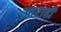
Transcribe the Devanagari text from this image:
आराही